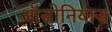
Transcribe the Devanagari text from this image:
ऑसोनियास